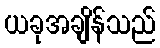
ယခုအချိန်သည်